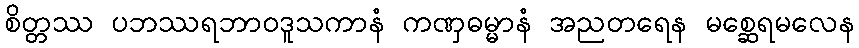
စိတ္တဿ ပဘဿရဘာဝဒူသကာနံ ကဏှဓမ္မာနံ အညတရေန မစ္ဆေရမလေန